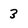
Character: 3